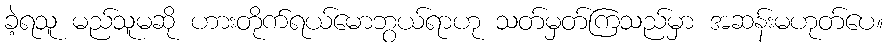
ခဲ့ရသူ မည်သူမဆို ဟားတိုက်ရယ်မောဘွယ်ရာဟု သတ်မှတ်ကြသည်မှာ အဆန်းမဟုတ်ပေ။